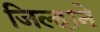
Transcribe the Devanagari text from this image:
जिल्हाने